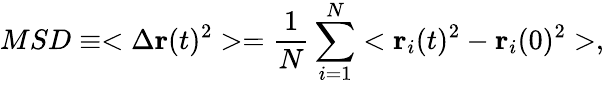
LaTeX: MSD\equiv<\Delta\textbf{r}(t)^{2}>=\frac{1}{N}\sum_{i=1}^{N}<\textbf{r}_{i}(t)^{2}-\textbf{r}_{i}(0)^{2}>,